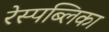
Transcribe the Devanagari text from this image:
रेस्पब्लिका